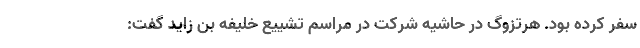
سفر کرده بود. هرتزوگ در حاشیه شرکت در مراسم تشییع خلیفه بن زاید گفت: